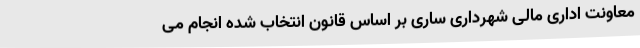
معاونت اداری مالی شهرداری ساری بر اساس قانون انتخاب شده انجام می‌